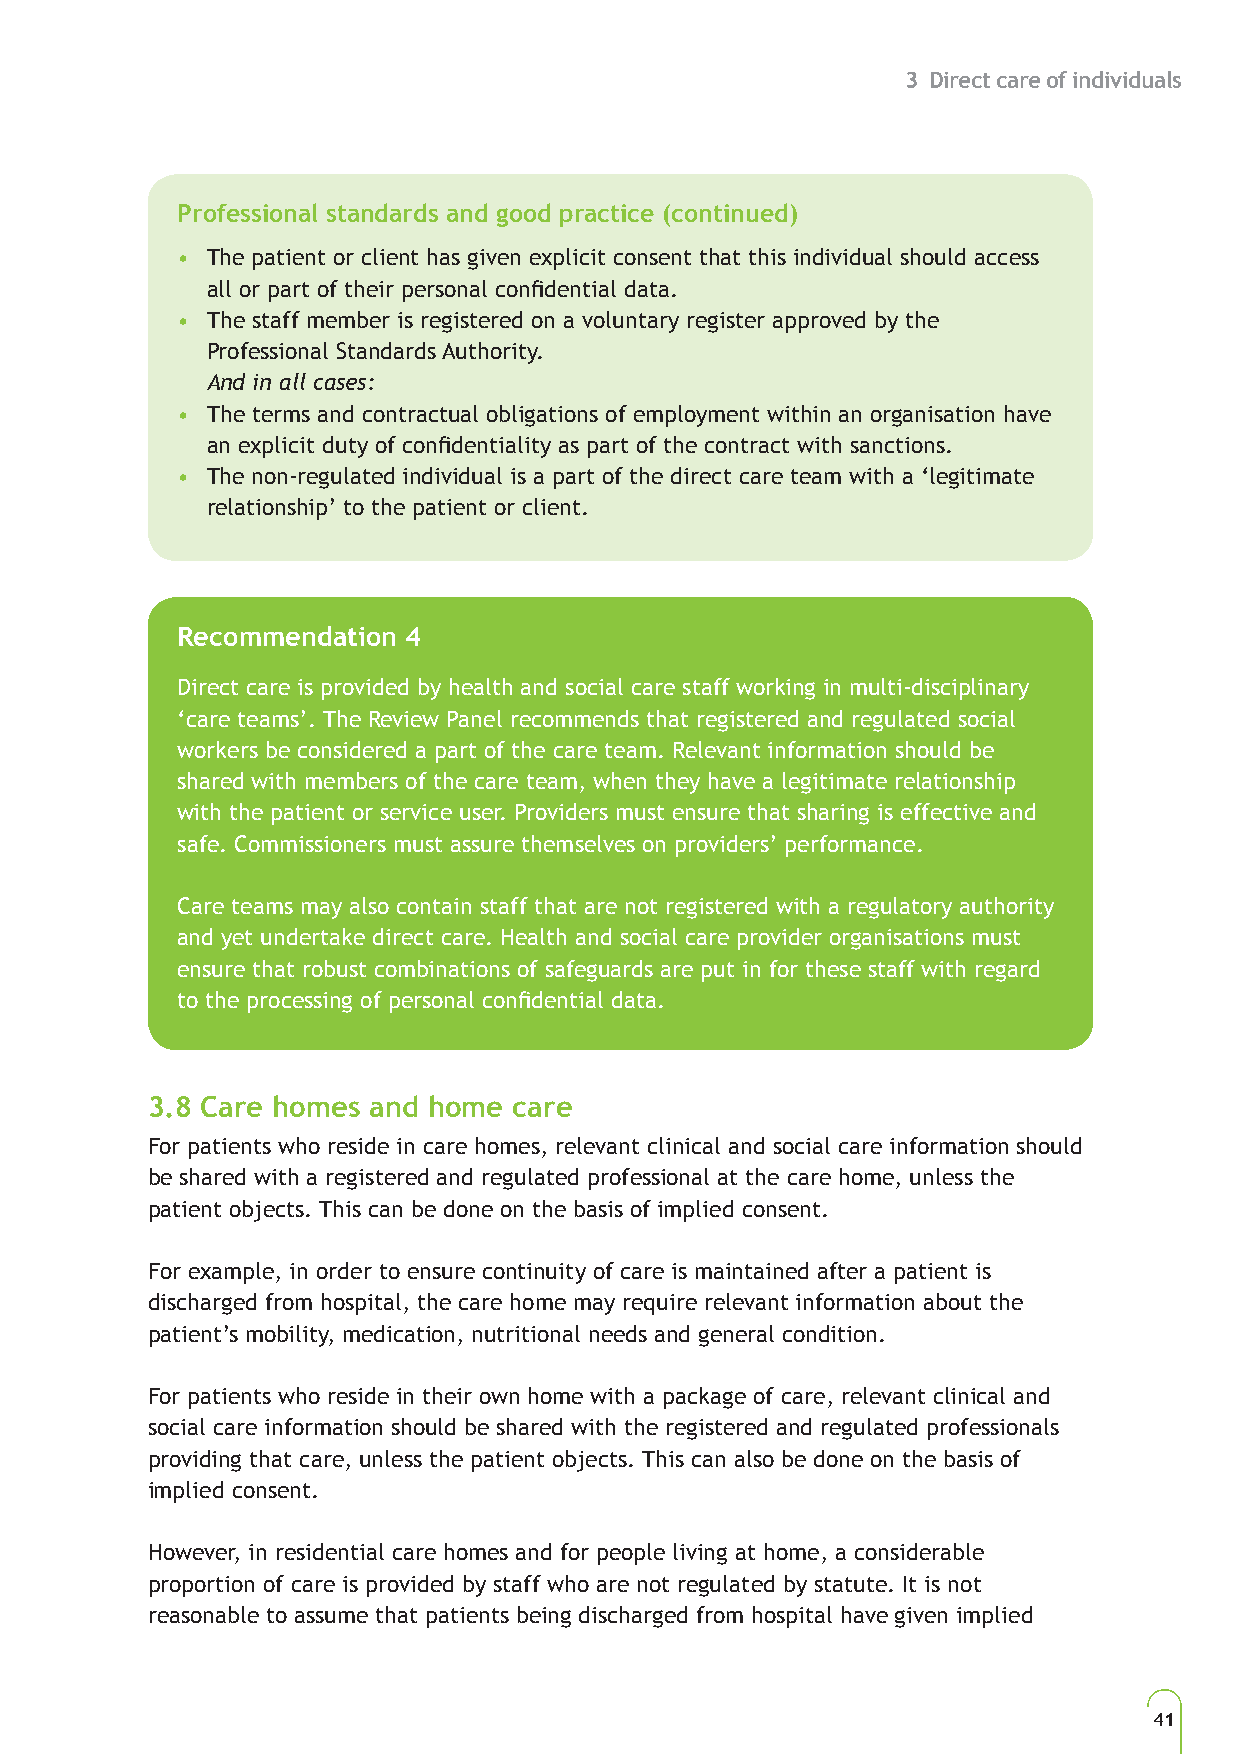
3 Direct care of individuals
 Professional standards and good practice (continued)
 • The patient or client has given explicit consent that this individual should access
 all or part of their personal confidential data.
 • The staff member is registered on a voluntary register approved by the
 Professional Standards Authority.
 And in all cases:
 • The terms and contractual obligations of employment within an organisation have
 an explicit duty of confidentiality as part of the contract with sanctions.
 • The non-regulated individual is a part of the direct care team with a ‘legitimate
 relationship’ to the patient or client.
 Recommendation 4
 Direct care is provided by health and social care staff working in multi-disciplinary
 ‘care teams’. The Review Panel recommends that registered and regulated social
 workers be considered a part of the care team. Relevant information should be
 shared with members of the care team, when they have a legitimate relationship
 with the patient or service user. Providers must ensure that sharing is effective and
 safe. Commissioners must assure themselves on providers’ performance.
 Care teams may also contain staff that are not registered with a regulatory authority
 and yet undertake direct care. Health and social care provider organisations must
 ensure that robust combinations of safeguards are put in for these staff with regard
 to the processing of personal confidential data.
 3.8 Care homes and home care
 For patients who reside in care homes, relevant clinical and social care information should
 be shared with a registered and regulated professional at the care home, unless the
 patient objects. This can be done on the basis of implied consent.
 For example, in order to ensure continuity of care is maintained after a patient is
 discharged from hospital, the care home may require relevant information about the
 patient’s mobility, medication, nutritional needs and general condition.
 For patients who reside in their own home with a package of care, relevant clinical and
 social care information should be shared with the registered and regulated professionals
 providing that care, unless the patient objects. This can also be done on the basis of
 implied consent.
 However, in residential care homes and for people living at home, a considerable
 proportion of care is provided by staff who are not regulated by statute. It is not
 reasonable to assume that patients being discharged from hospital have given implied
 41